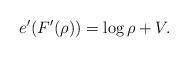
LaTeX: \begin{align*}e^{\prime}(F^{\prime}(\rho))=\log\rho+V.\end{align*}